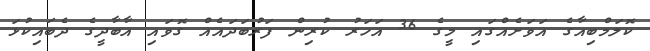
ކޮލަމްބިއާގެ އަވަށެއްގައި މީގެ 36 އަހަރު ކުރިން ފަރުބަދައެއް ގޮވައި އާބާދީގެ ދެބައިކުޅަ